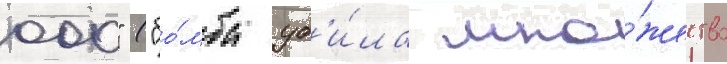
000" ("бо́мба уб'и́ла мно́жество